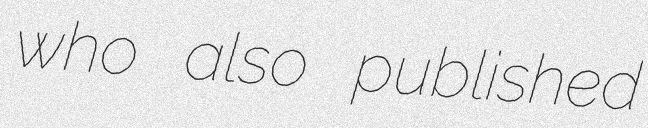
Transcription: who also published